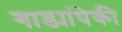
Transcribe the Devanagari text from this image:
गाड्यांपेकी